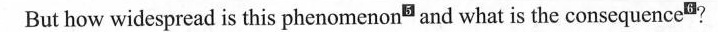
But how widespread is this phenomenons and what is the consequencem?